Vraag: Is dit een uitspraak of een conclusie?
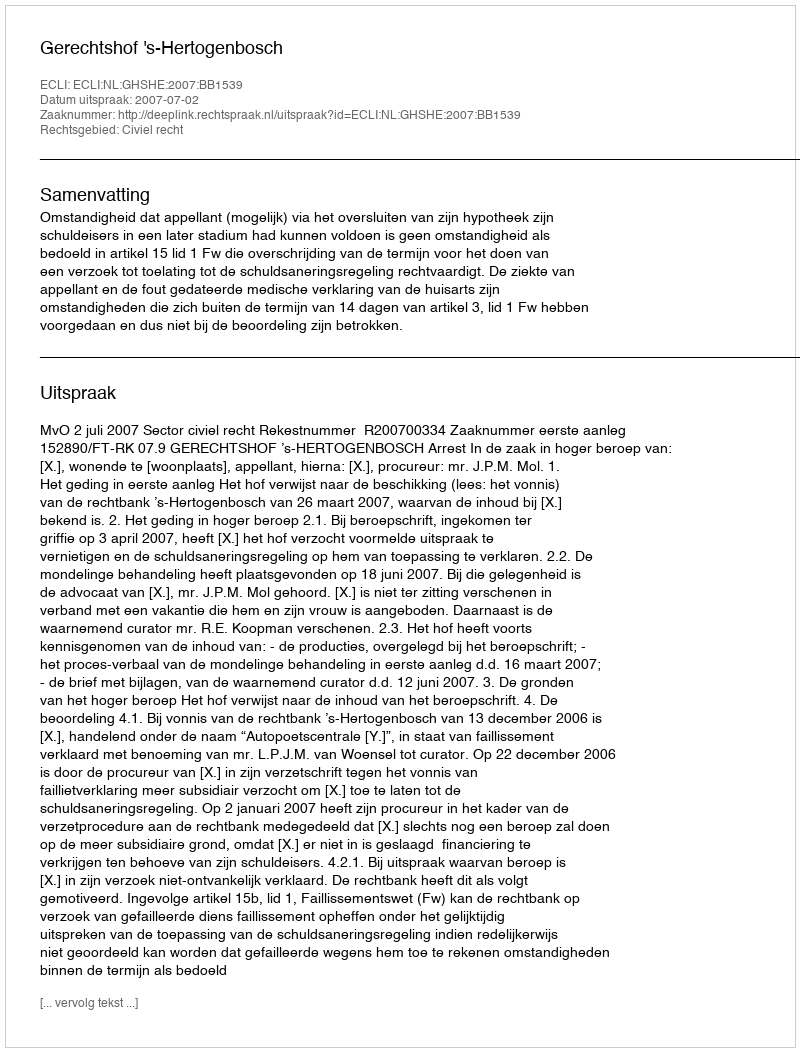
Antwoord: Uitspraak